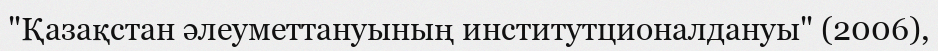
"Қазақстан әлеуметтануының институтционалдануы" (2006),